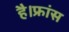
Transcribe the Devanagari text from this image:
है।फ्रांस